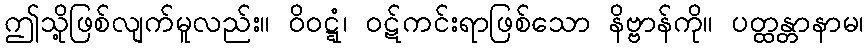
ဤသို့ဖြစ်လျက်မူလည်း။ ဝိဝဋ္ဋံ၊ ဝဋ်ကင်းရာဖြစ်သော နိဗ္ဗာန်ကို။ ပတ္ထန္တာနာမ၊